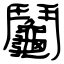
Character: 鬮